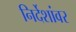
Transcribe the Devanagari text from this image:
निर्देशांवर